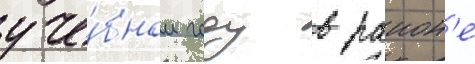
уче́бном году в раион'е